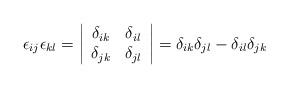
LaTeX: \begin{align*}\epsilon_{ij}\epsilon_{kl}=\begin{vmatrix}\begin{array}{cc}\delta_{ik} & \delta_{il}\\\delta_{jk} & \delta_{jl}\end{array}\end{vmatrix}=\delta_{ik}\delta_{jl}-\delta_{il}\delta_{jk}\end{align*}